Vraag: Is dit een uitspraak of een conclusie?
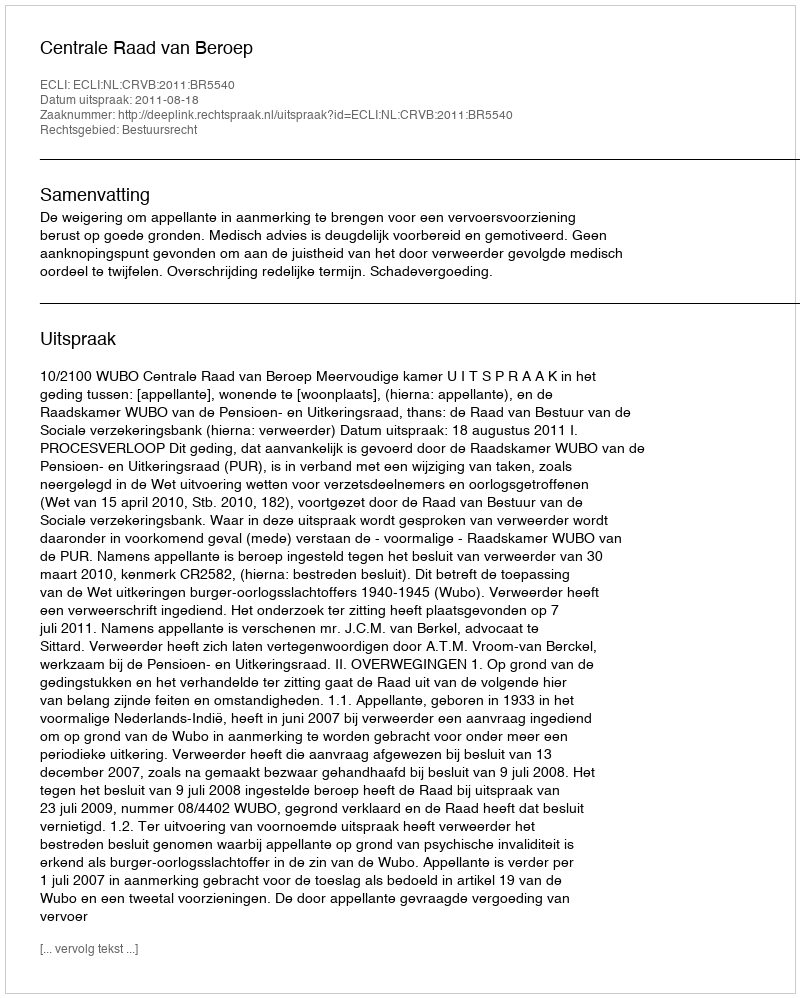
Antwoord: Uitspraak